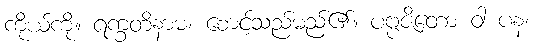
ကိုယ်ကို။ ရက္ခတိနာမ၊ စောင့်သည်မည်၏။ ပဗ္ဗဇိတော ဝါ ပန၊